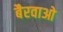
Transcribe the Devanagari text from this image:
बैरवाओ